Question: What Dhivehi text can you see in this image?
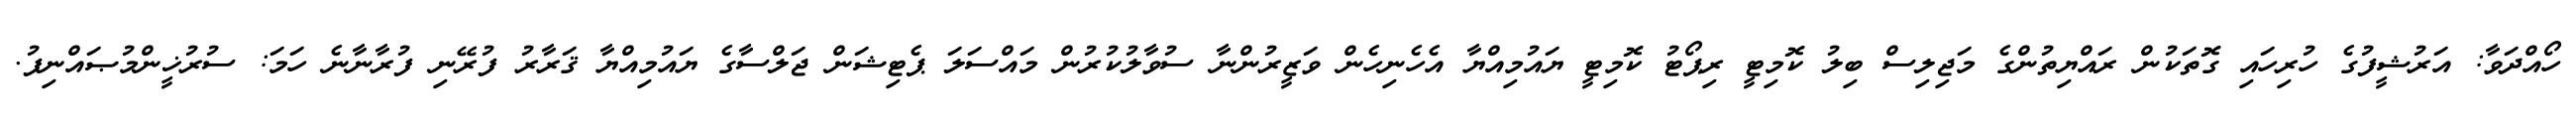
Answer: ހޯއްދަވާ: އަރުޝީފުގެ ހުރިހައި ގޮތަކުން ރައްޔިތުންގެ މަޖިލިސް ބިލު ކޮމިޓީ ރިޕޯޓު ކޮމިޓީ ޔައުމިއްޔާ އެހެނިހެން ވަޒީރުންނާ ސުވާލުކުރުން މައްސަލަ ޕެޓިޝަން ޖަލްސާގެ ޔައުމިއްޔާ ޤަރާރު ފުރޭނި ފުރާނާނެ ހަމަ: ސުރުޚީންމުޞައްނިފު.